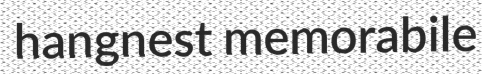
hangnest memorabile